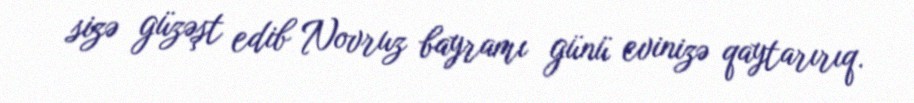
sizə güzəşt edib Novruz bayramı günü evinizə qaytarırıq.